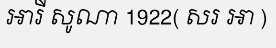
អារី សូណា 1922( សរ អា )